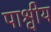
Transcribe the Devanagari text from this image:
पाश्वीय